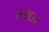
સ૨દા૨